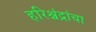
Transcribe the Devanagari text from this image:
हरिश्चंद्रांचा